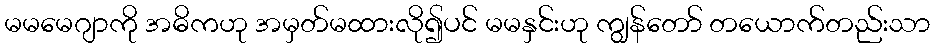
မမမေဂျာကို အဓိကဟု အမှတ်မထားလို၍ပင် မမနှင်းဟု ကျွန်တော် တယောက်တည်းသာ